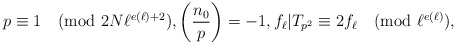
\begin{align*} p\equiv 1 \pmod{2N\ell^{e(\ell)+2} }, \left(\frac{n_0}{p}\right)=-1, f_{\ell}|T_{p^2}\equiv 2f_{\ell} \pmod{\ell^{e(\ell)}},\end{align*}